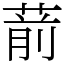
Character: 葥